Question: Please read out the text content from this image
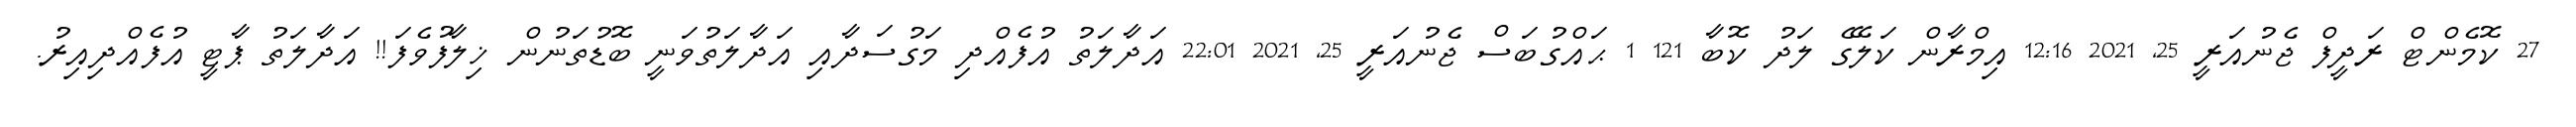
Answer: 27 ކޮމެންޓް ރަދީފް ޖެނުއަރީ 25, 2021 12:16 އިމްރާން ކަލޭގެ ލަދު ކޮބާ 121 1 ޙައްގުބަސް ޖެނުއަރީ 25, 2021 22:01 އަދާލަތު އުފެއްދި މަގުސަދާއި އަދާލަތުވަނީ ބޮޑުތަނުން ޚިލާފުވެފަ!! އަދާލަތު ޕާޓީ އުފެއްދިއިރު.